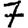
Digit: 7